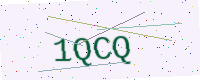
Text: 1QCQ